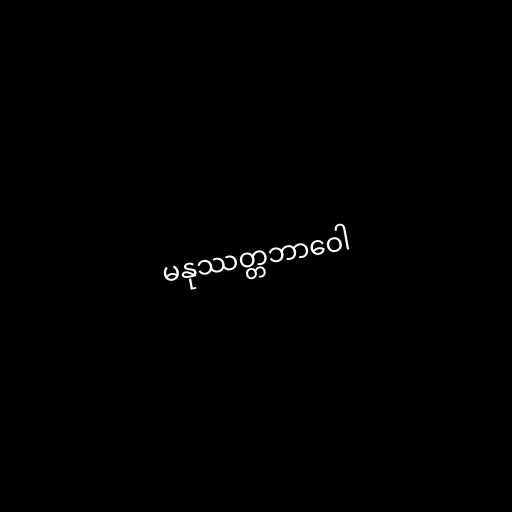
မနုဿတ္တဘာဝေါ